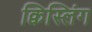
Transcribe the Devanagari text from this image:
क्विस्लिंग